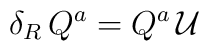
\delta_R \, Q^a = Q^a \, \mathcal{U}